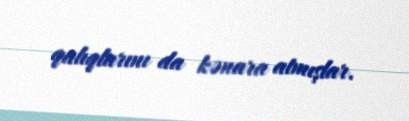
qalıqlarını da kənara atmışlar.